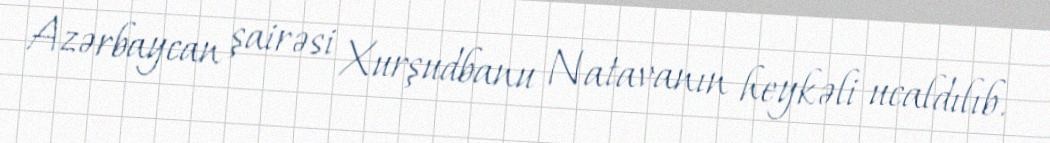
Azərbaycan şairəsi Xurşudbanu Natavanın heykəli ucaldılıb.